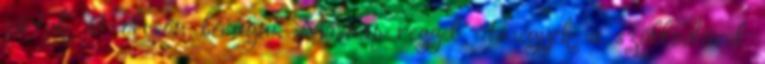
jártak át olcsón berúgni. Másnap reggel átmegyek a szállodával